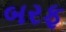
બરફ